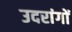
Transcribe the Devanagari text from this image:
उदरांगों